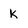
Character: k